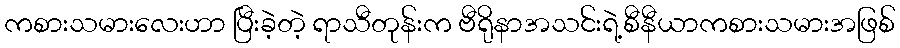
ကစားသမားလေးဟာ ပြီးခဲ့တဲ့ ရာသီတုန်းက ဗီရိုနာအသင်းရဲ့စီနီယာကစားသမားအဖြစ်